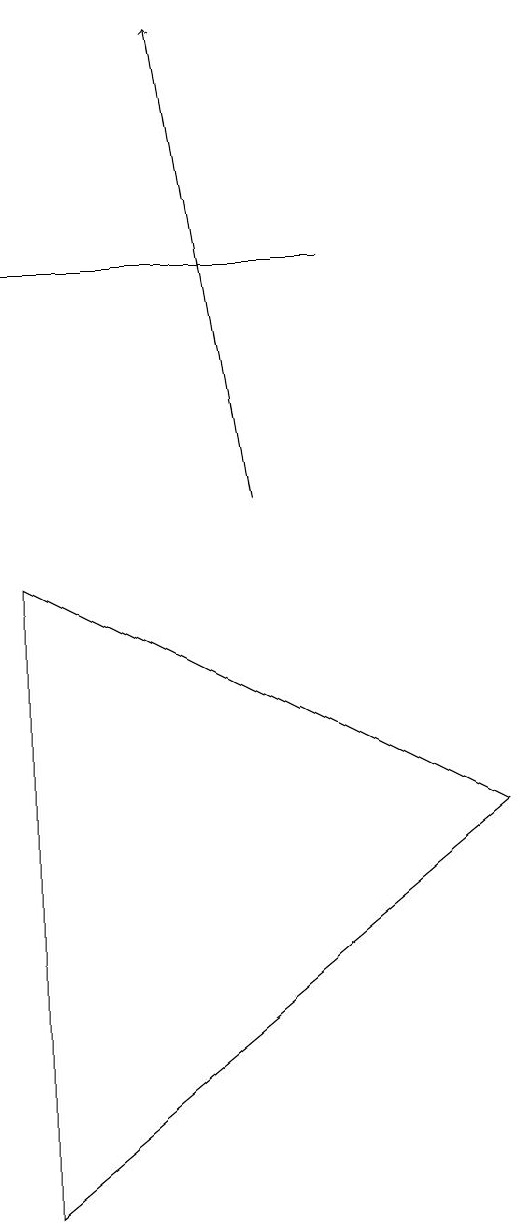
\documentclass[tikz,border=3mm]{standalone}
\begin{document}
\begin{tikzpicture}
\draw[->] (5,10) -- (4,16);
\draw (6,13) rectangle (2,13);
\draw (2,9) -- (8,6) -- (2,1) -- cycle;
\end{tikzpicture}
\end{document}